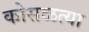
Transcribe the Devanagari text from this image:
कोसळत्या